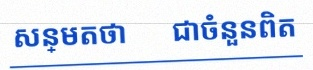
សន្មតថា x ជាចំនួនពិត